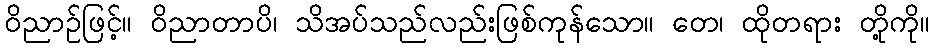
ဝိညာဉ်ဖြင့်။ ဝိညာတာပိ၊ သိအပ်သည်လည်းဖြစ်ကုန်သော။ တေ၊ ထိုတရား တို့ကို။